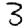
Digit: 3